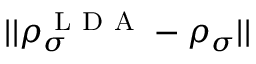
| | \rho _ { \sigma } ^ { \mathrm { ~ L ~ D ~ A ~ } } - \rho _ { \sigma } | |